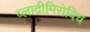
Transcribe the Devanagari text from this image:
व्लादीमिरोविच